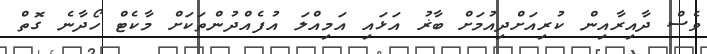
ވެސް ދާއިރާއިން ކުރިއަށްދިއުމަށް ބާޜު އަޅައި އަމިއްލަ އުފެއްދުންތަކަށް މާކެޓް ހޯދާނެ ގޮތް